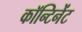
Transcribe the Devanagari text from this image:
कॉन्टिनेंट